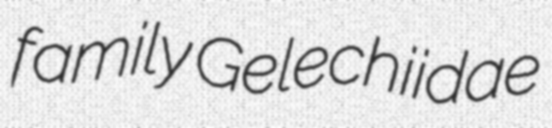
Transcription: family Gelechiidae